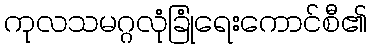
ကုလသမဂ္ဂလုံခြုံရေးကောင်စီ၏